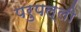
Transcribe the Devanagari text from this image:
परुपल्ली